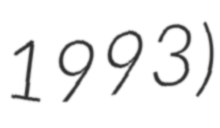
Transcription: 1993)